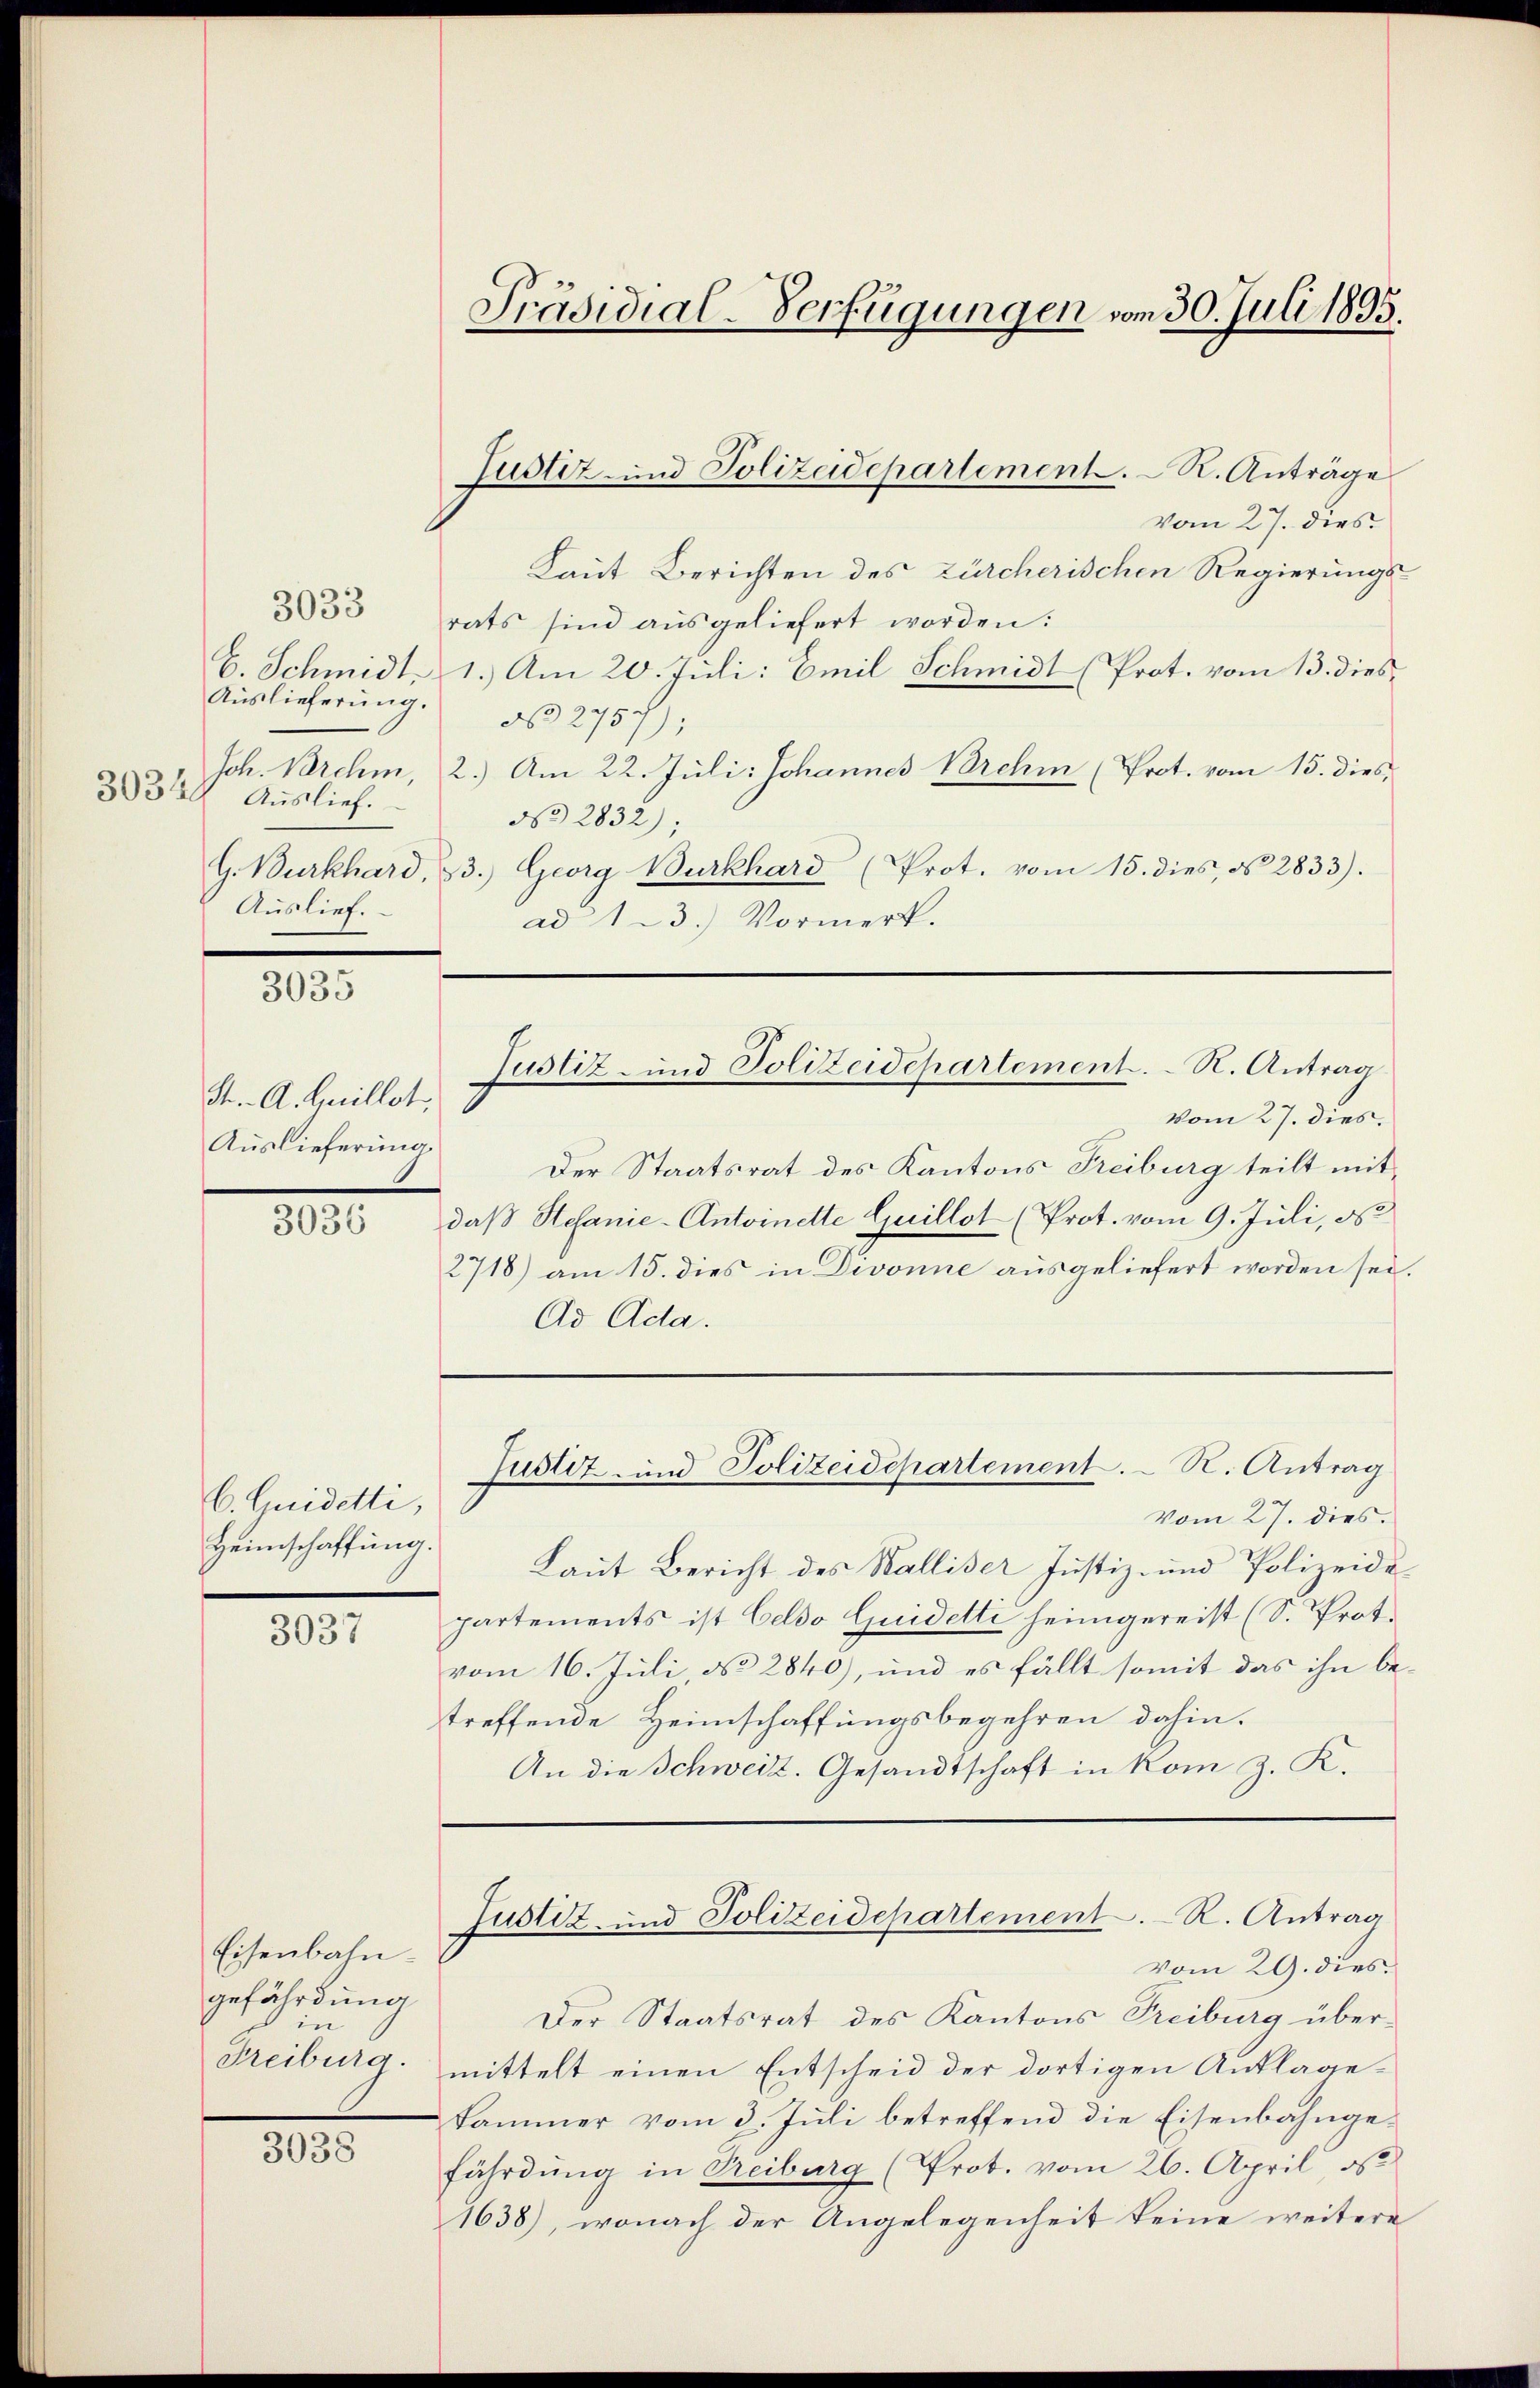
3035 Auslief.
Auslief.

3035

3033

St.- A. Guillet,
Auslieferung

.

6. Quidetti,
Heimschaffung.

3037

Eisenbahn-
gefährdung
in
Freiburg.

3038

vom 27. dies
Laut Berichten des Zürcherischen Regierungs-
rats sind ausgeliefert worden:
C. Schmidt, 1.) Am 20. Juli: Emil Schmidt (Prot. vom 13. dies¬
Auslieferŭng. N. 2757);
Joh. Brehm, 2.) Am 22. Juli: Johannes Brehm (Prot. vom 15. dies,
No 2832);
G. Burkhard, 23. Georg Burkhard (Prot. vom 15. dies, d. 2833).
ad13.) Vormerk.
vom 27. dies.
Der Staatsrat des Kantons Freiburg teilt mit
daß Stefanie-Antoinette Guillot (Prot. vom 9. Juli, d
2718) am 15. dies in Divonne ausgeliefert worden sei.
Ad Ada.
Justiz- und Polizeidepartement. R. Antrag
Vom 27. dies.
Laut Bericht des Walliser Justiz- und Polizeide
partements ist Geldo Guidelte heimgereist (S. Prot.
vom 16. Juli No 2840), und es fällt somit das ihn betreffende Heimschaffungsbegehren dahin.
An die Schweiz. Gesandtschaft in kom z. K.
Justiz- und Polizeidepartement. R. Antrag
vom 29. dies
Der Staatsrat des Kantons Freiburg übermittelt einen Entscheid der dortigen Anklagekammer vom 3. Juli betreffend die Eisenbahngefährdung in Treiburg (Prot. vom 26. April, ds
1638), wonach der Angelegenheit keine weitere

Präsidial-Verfügungen vom 30. Juli 1893.

Justiz- und Polizeidepartement. - K. Anträge

Justiz- und Polizeidepartement. – N. Antrag